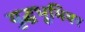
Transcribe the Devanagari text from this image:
युद्धभूमिवर